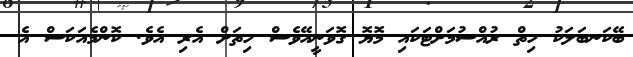
ބޭކަނބަލަކު ހިތް ރުއްސުމަށްޓަކައި މޮޔޮ ގޮވަނީއޭވެސް ހިތަށް އެރި އެވެ. ކޮންމެއަކަސް އެ